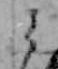
ミ